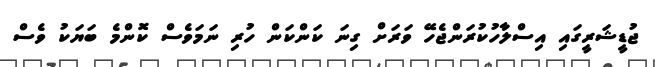
ޖުޑީޝަރީގައި އިސްލާހުކުރަންޖެހޭ ވަރަށް ގިނަ ކަންކަން ހުރި ނަމަވެސް ކޮންމެ ބަޔަކު ވެސް